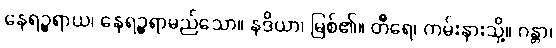
နေရဉ္စရာယ၊ နေရဉ္စရာမည်သော။ နဒိယာ၊ မြစ်၏။ တီရေ၊ ကမ်းနားသို့။ ဂန္တာ၊